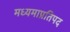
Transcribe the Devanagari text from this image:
मध्यमाप्रतिपद